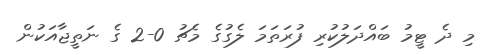
މި ދެ ޓީމު ބައްދަލުކުރި ފުރަތަމަ ލެގުގެ މެޗު 0-2 ގެ ނަތީޖާއަކުން